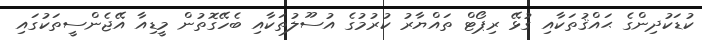
ކުޑަކުދިންގެ ޙައްޤުތަކާއި ގުޅޭ ރިޕޯޓް ތައްޔާރު ކުރުމުގެ އުސޫލުތަކާއި ބެހޭގޮތުން މީޑިއާ އޭޖެންސީތަކުގައި